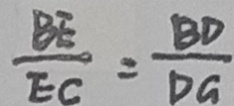
\frac { B E } { E C } = \frac { B D } { D G }